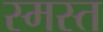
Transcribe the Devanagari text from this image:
स्मस्त